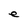
Character: e